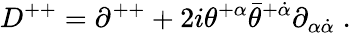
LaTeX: D^{++}=\partial^{++}+2i\theta^{+\alpha}\bar{\theta}^{+\dot{\alpha}}\partial_{\alpha\dot{\alpha}}\; .